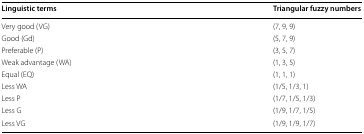
| Linguistic terms | Triangular fuzzy numbers |
 | --- | --- |
 | Very good (VG) | (7, 9, 9) |
 | Good (Gd) | (5, 7, 9) |
 | Preferable (P) | (3, 5, 7) |
 | Weak advantage (WA) | (1, 3, 5) |
 | Equal (EQ) | (1, 1, 1) |
 | Less WA | (1/5, 1/3, 1) |
 | Less P | (1/7, 1/5, 1/3) |
 | Less G | (1/9, 1/7, 1/5) |
 | Less VG | (1/9, 1/9, 1/7) |